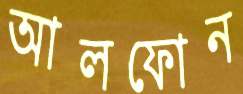
আলফোন